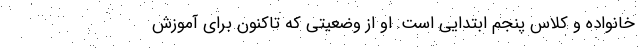
خانواده و کلاس پنجم ابتدایی است. او از وضعیتی که تاکنون برای آموزش